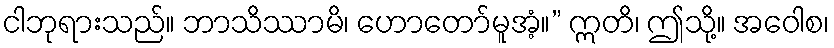
ငါဘုရားသည်။ ဘာသိဿာမိ၊ ဟောတော်မူအံ့။” ဣတိ၊ ဤသို့။ အဝေါစ၊